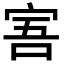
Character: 𡨂